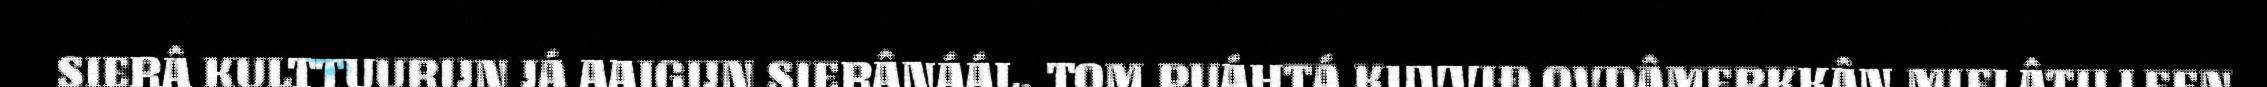
SIERÂ KULTTUURIJN JÁ AAIGIJN SIERÂNÁÁL. TOM PUÁHTÁ KUVVIĐ OVDÂMERKKÂN MIELÂTILLEEN,